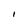
Character: I